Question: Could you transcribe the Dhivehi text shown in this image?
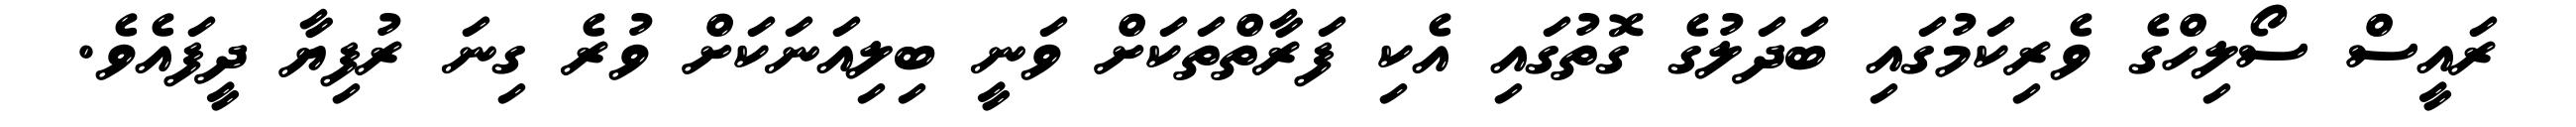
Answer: ރައީސް ސޯލިހްގެ ވެރިކަމުގައި ބަދަލުގެ ގޮތުގައި އެކި ފަރާތްތަކަށް ވަނީ ބިލިއަނަކަށް ވުރެ ގިނަ ރުފިޔާ ދީފައެވެ.